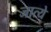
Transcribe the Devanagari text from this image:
जात्ये